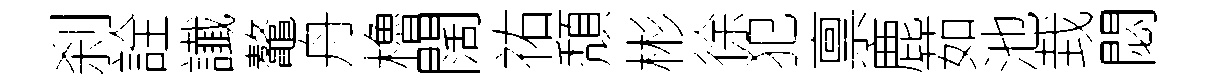
刹詮䜟鼇舟櫓闊祐頽彬徐犯禀鹿茹池㘽閟